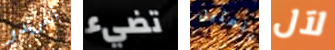
ألفريدو تضيء بتمثيل لآل